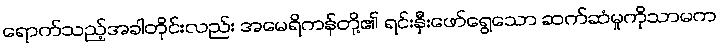
ရောက်သည့်အခါတိုင်းလည်း အမေရိကန်တို့၏ ရင်းနှီးဖော်ရွေသော ဆက်ဆံမှုကိုသာမက